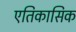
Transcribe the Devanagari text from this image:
एतिकासिक